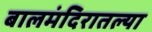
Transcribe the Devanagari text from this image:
बालमंदिरातल्या